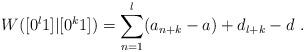
LaTeX: \begin{align*}W([0^l1]|[0^k1]) = \sum_{n=1}^l (a_{n+k} - a) + d_{l+k} - d \ .\end{align*}